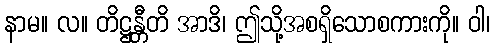
နာမ။ လ။ တိဋ္ဌန္တီတိ အာဒိ၊ ဤသို့အစရှိသောစကားကို။ ဝါ၊